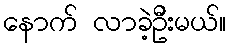
နောက် လာခဲ့ဦးမယ်။